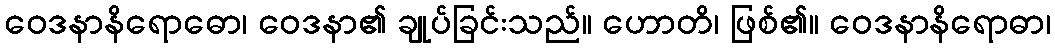
ဝေဒနာနိရောဓော၊ ဝေဒနာ၏ ချုပ်ခြင်းသည်။ ဟောတိ၊ ဖြစ်၏။ ဝေဒနာနိရောဓာ၊